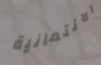
الائتمانية